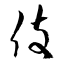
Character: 伎